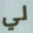
لي